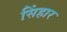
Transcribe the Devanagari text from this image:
सिंहार